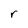
Character: r